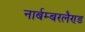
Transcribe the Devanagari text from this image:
नार्बम्बरलैण्ड